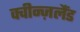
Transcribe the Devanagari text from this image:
क्वीन्ज़लैंड